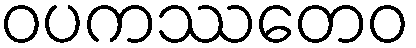
ဝပကဿတေဝ